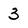
Character: 3